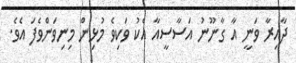
ދާއިރާ ވަނީ އާ ގާނޫނު އަސާސީއާ އެކު ވަކިވެ މުޅިން މިނިވަންވެފަ އެވެ.